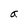
Character: a